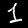
Label: 1